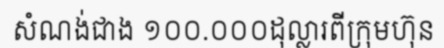
សំណង់ជាង ១០០.០០០ដុល្លារពីក្រុមហ៊ុន